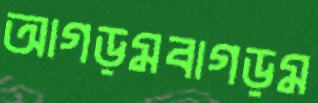
আগড়মবাগড়ম